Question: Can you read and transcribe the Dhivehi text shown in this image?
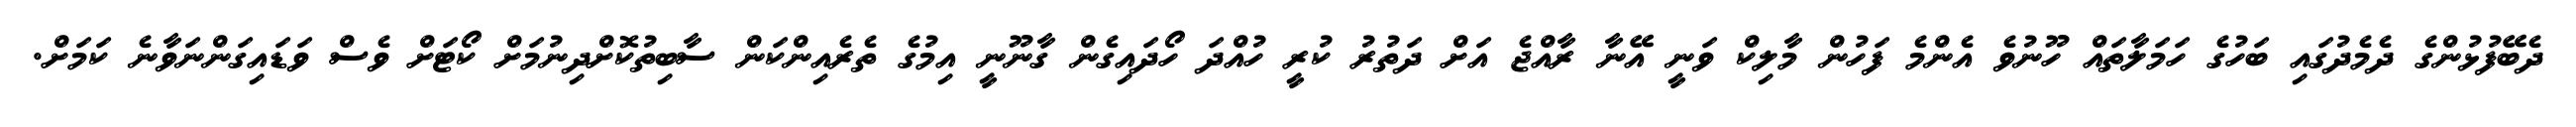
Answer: ދެބޭފުޅުންގެ ދެމެދުގައި ބަހުގެ ހަމަލާތައް ހޫނުވެ އެންމެ ފަހުން މާލިކް ވަނީ އޭނާ ރާއްޖެ އަށް ދަތުރު ކުރީ ހުއްދަ ހޯދައިގެން ގާނޫނީ އިމުގެ ތެރެއިންކަން ސާބިތުކޮށްދިނުމަށް ކޯޓަށް ވެސް ވަޑައިގަންނަވާނެ ކަމަށް.